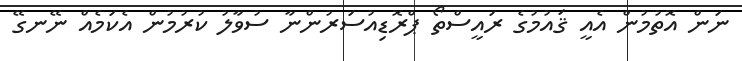
ނަން އޮތުމުން އެއީ ޤައުމުގެ ރައީސްތޯ ޕްރޮޑިއުސަރުންނާ ސުވާލު ކުރުމުން އެކަމެއް ނޭނގޭ